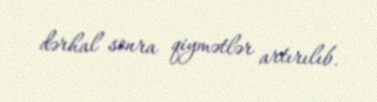
dərhal sonra qiymətlər artırılıb.